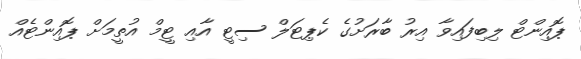
ޕޮއިންޓް ލިބިފައިވާ އިރު ބާރަށުގެ ކެޕިޓަލް ސިޓީ އާއި ޓީމް އުތީމަށް ޕޮއިންޓެއް